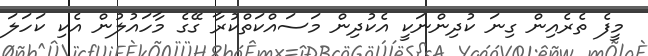
މީފެ ތެރެއިން ގިނަ ކުދިންނަކީ އެކުދިން މަސައްކަތްކުރާ ގޭގެ މާހައުލުން އެކި ކަހަލަ